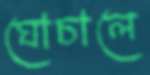
ঘোচালে